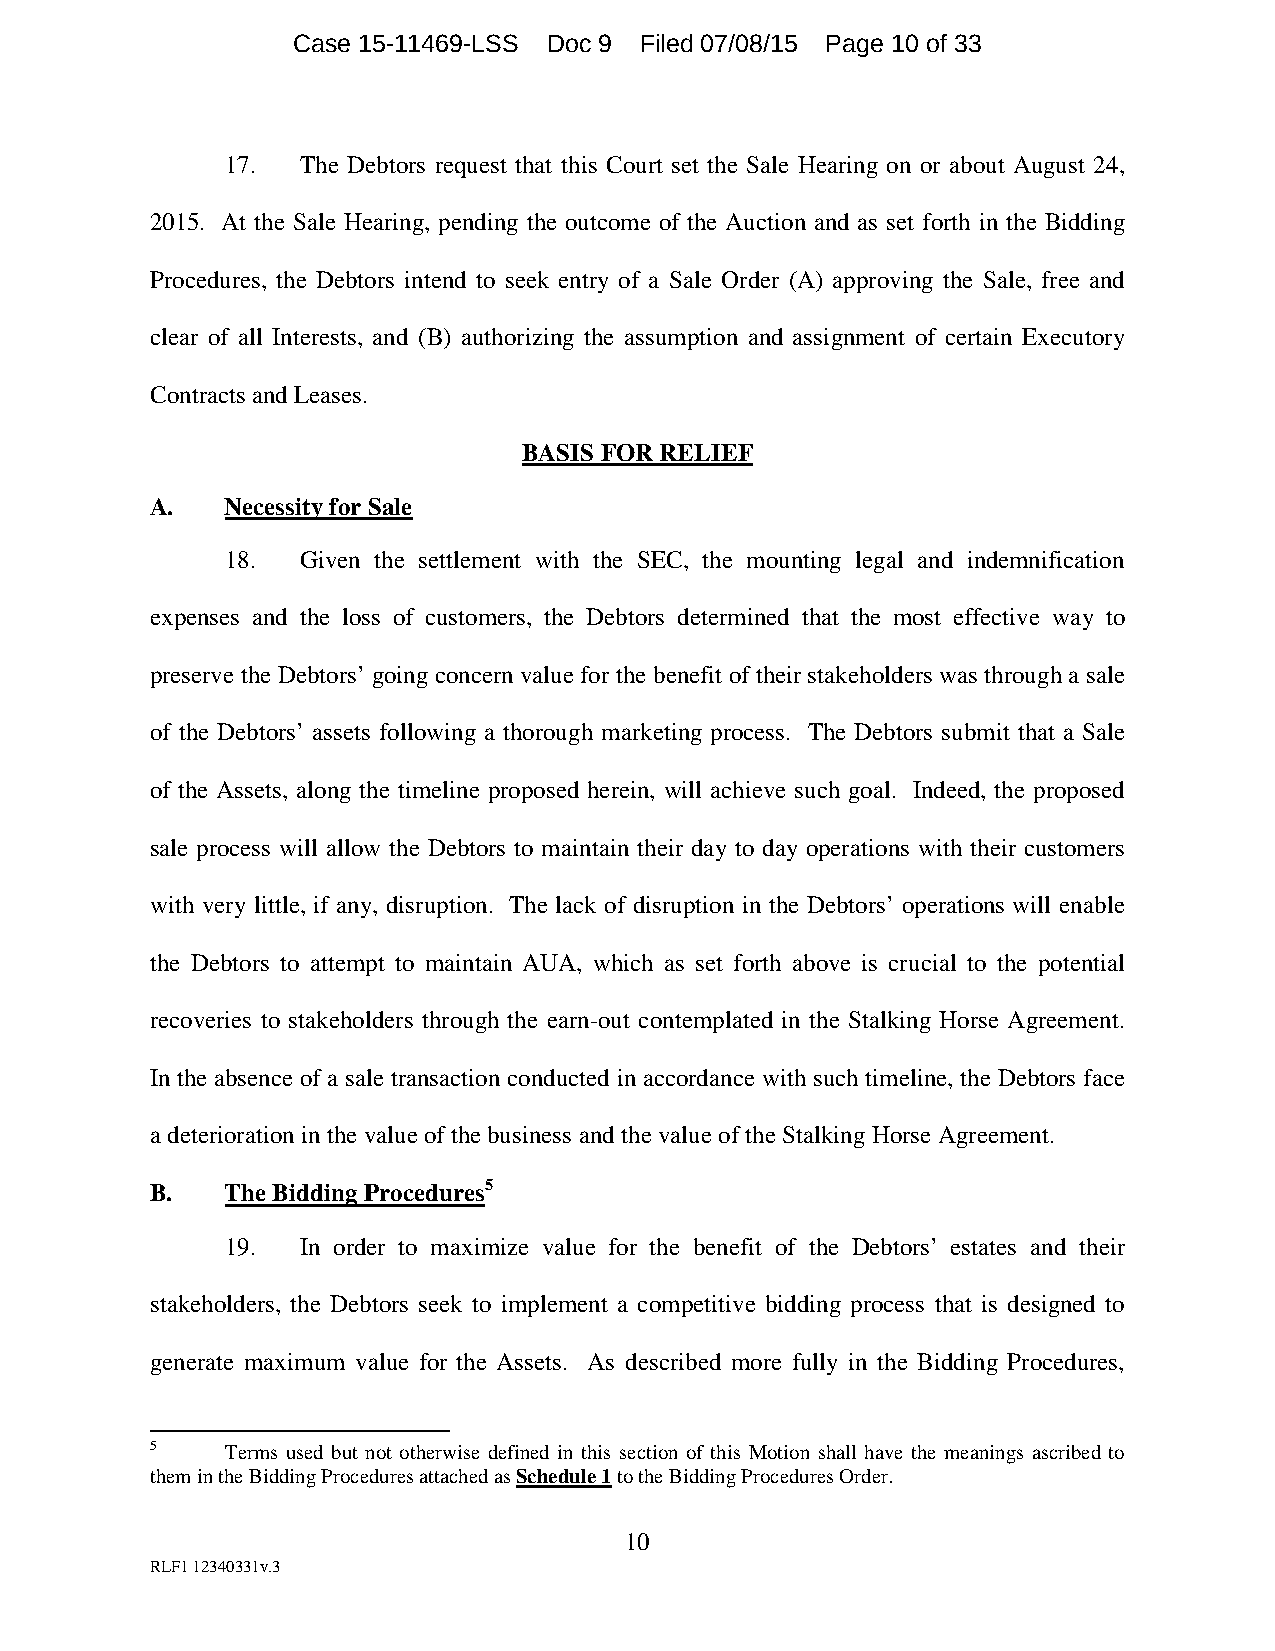
Case 15-11469-LSS Doc 9 Filed 07/08/15 Page 10 of 33
 17.  The Debtors request that this Court set the Sale Hearing on or about August 24,
 2015. At the Sale Hearing, pending the outcome of the Auction and as set forth in the Bidding
 Procedures, the Debtors intend to seek entry of a Sale Order (A) approving the Sale, free and
 clear of all Interests, and (B) authorizing the assumption and assignment of certain Executory
 Contracts and Leases.
 BASIS FOR RELIEF
 A.   Necessity for Sale
 18.  Given the settlement with the SEC, the mounting legal and indemnification
 expenses and the loss of customers, the Debtors determined that the most effective way to
 preserve the Debtors’ going concern value for the benefit of their stakeholders was through a sale
 of the Debtors’ assets following a thorough marketing process. The Debtors submit that a Sale
 of the Assets, along the timeline proposed herein, will achieve such goal. Indeed, the proposed
 sale process will allow the Debtors to maintain their day to day operations with their customers
 with very little, if any, disruption. The lack of disruption in the Debtors’ operations will enable
 the Debtors to attempt to maintain AUA, which as set forth above is crucial to the potential
 recoveries to stakeholders through the earn-out contemplated in the Stalking Horse Agreement.
 In the absence of a sale transaction conducted in accordance with such timeline, the Debtors face
 a deterioration in the value of the business and the value of the Stalking Horse Agreement.
 B.   The Bidding Procedures5
 19.  In order to maximize value for the benefit of the Debtors’ estates and their
 stakeholders, the Debtors seek to implement a competitive bidding process that is designed to
 generate maximum value for the Assets. As described more fully in the Bidding Procedures,
 5    Terms used but not otherwise defined in this section of this Motion shall have the meanings ascribed to
 them in the Bidding Procedures attached as Schedule 1 to the Bidding Procedures Order.
 10
 RLF1 12340331v.3